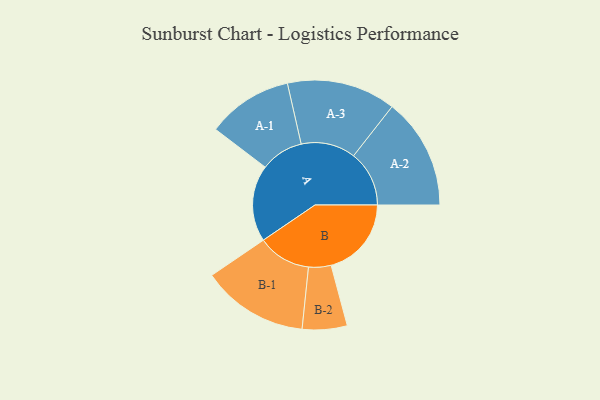
{"axis": {"x": "Segment", "y": "Value"}, "legend": ["", "A", "B"], "data": [{"x": "A", "y": 406, "type": ""}, {"x": "B", "y": 426, "type": ""}, {"x": "A-1", "y": 227, "type": "A"}, {"x": "A-2", "y": 295, "type": "A"}, {"x": "A-3", "y": 289, "type": "A"}, {"x": "B-1", "y": 283, "type": "B"}, {"x": "B-2", "y": 119, "type": "B"}]}